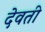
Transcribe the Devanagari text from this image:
देवती